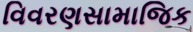
વિવરણસામાજિક